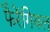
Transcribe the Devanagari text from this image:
फैरेंगियल